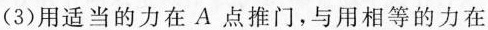
(3)用适当的力在A点推门，与用相等的力在